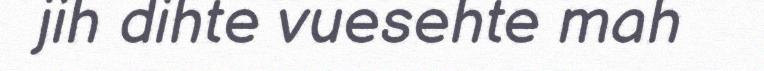
jih dihte vuesehte mah